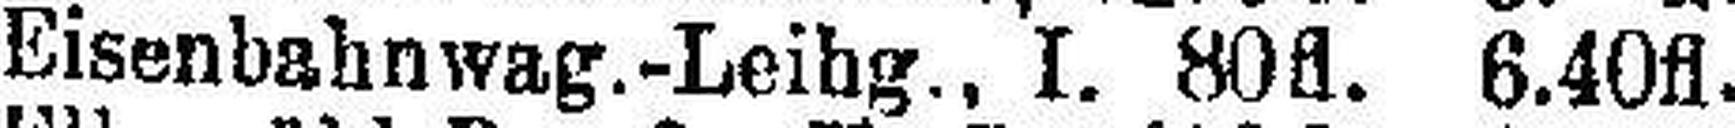
Eisenbahnwag.-Leibg., I. 80fl. 6.40fl.